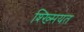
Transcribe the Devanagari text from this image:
श्ख्सियत